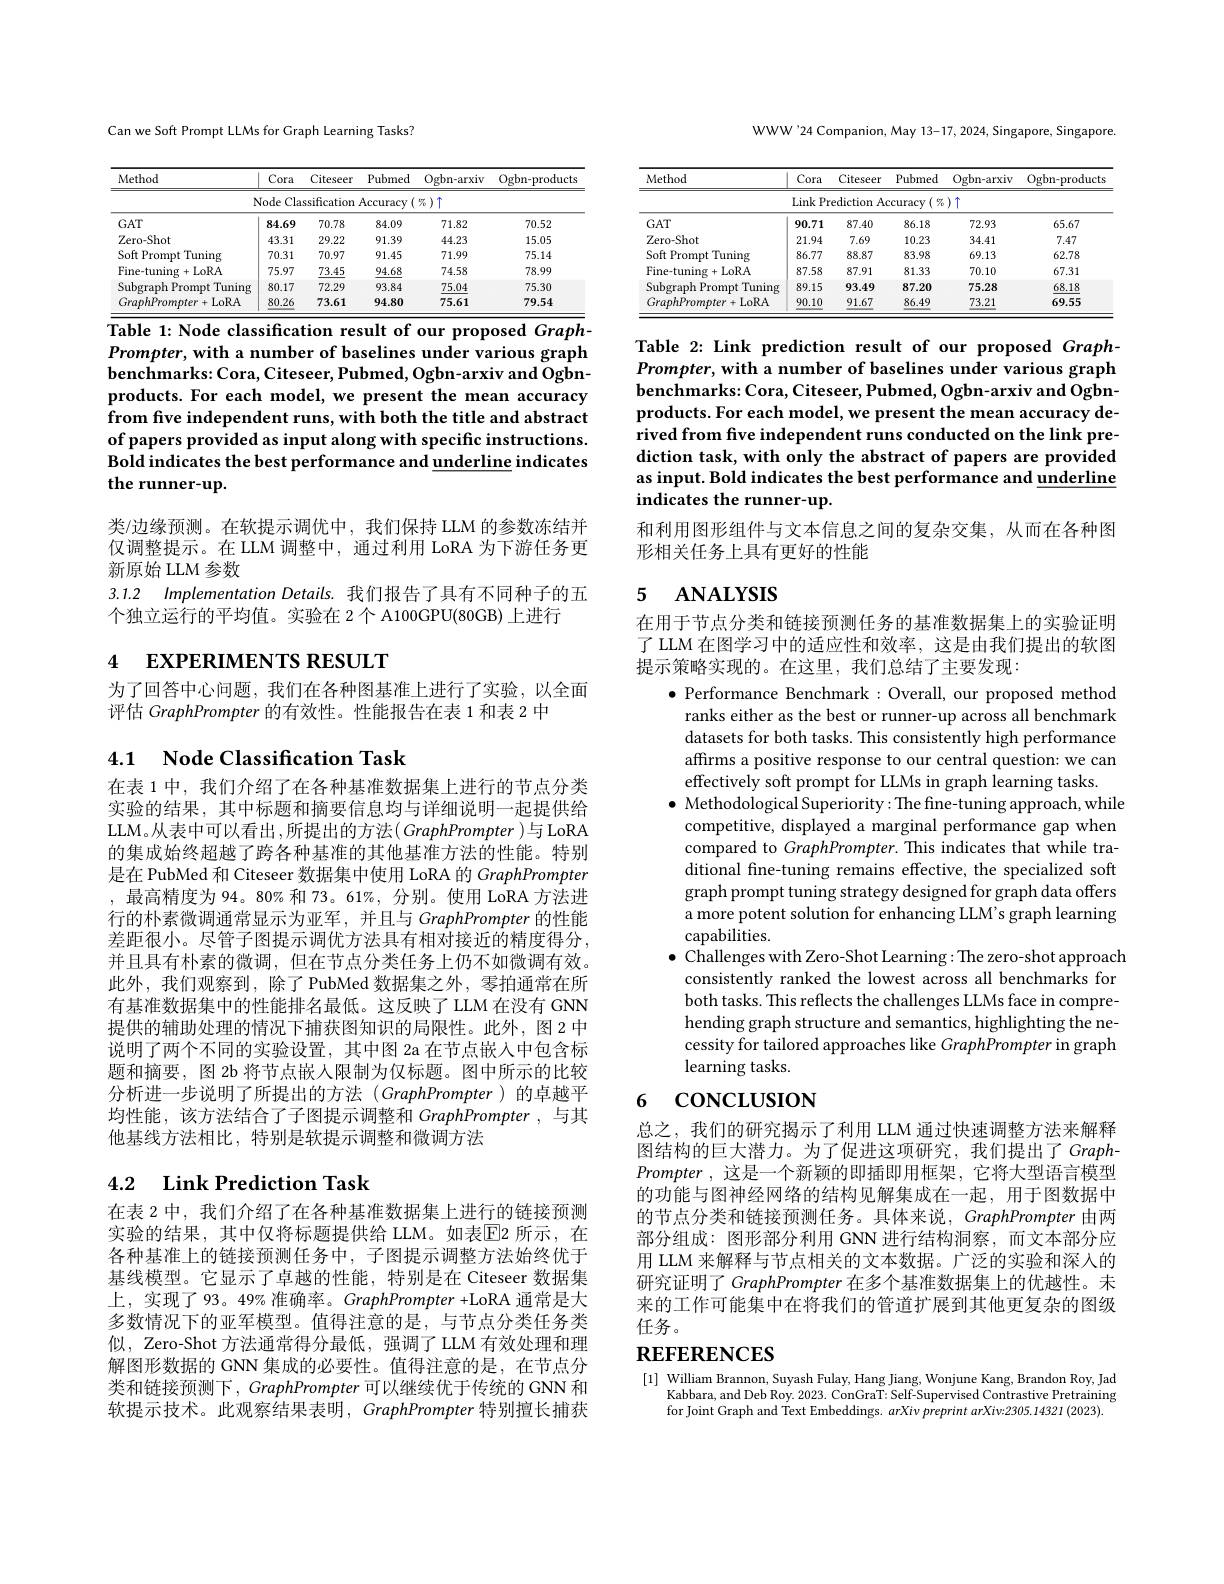
Can we Soft Prompt LLMs for Graph Learning Tasks?

<table>
	<tbody>
		<tr>
			<th>Method</th>
			<th>Cora</th>
			<th>Citeseer</th>
			<th>Pubmed</th>
			<th>Ogbn- arxiv</th>
			<th>Ogbn- products</th>
		</tr>
		<tr>
			<td> </td>
			<td>Node Cla</td>
			<td>ssification</td>
			<td>Accuracy</td>
			<td>$%)\uparrow$</td>
			<td> </td>
		</tr>
		<tr>
			<td>$GAT$</td>
			<td>84.69</td>
			<td>70.78</td>
			<td>84.09</td>
			<td>71.82</td>
			<td>70.52</td>
		</tr>
		<tr>
			<td>Zero-Shot</td>
			<td>43.31</td>
			<td>29.22</td>
			<td>91.39</td>
			<td>44.23</td>
			<td>15.05</td>
		</tr>
		<tr>
			<td>Soft Prompt Tuning</td>
			<td>70.31</td>
			<td>70.97</td>
			<td>91.45</td>
			<td>71.99</td>
			<td>75.14</td>
		</tr>
		<tr>
			<td>Fine-tuning + LoRA</td>
			<td>75.97</td>
			<td>73.45</td>
			<td>94.68</td>
			<td>74.58</td>
			<td>78.99</td>
		</tr>
		<tr>
			<td>Subgraph Prompt Tuning</td>
			<td>80.17</td>
			<td>72.29</td>
			<td>93.84</td>
			<td>75.04</td>
			<td>75.30</td>
		</tr>
		<tr>
			<td>$GraphPrompter+LoRA$</td>
			<td>80.26</td>
			<td>73.61</td>
			<td>94.80</td>
			<td>75.61</td>
			<td>79.54</td>
		</tr>
	</tbody>
</table>
Table 1: Node classification result of our proposed Graph-

Prompter, with a number of baselines under various graph $\dot{\text{benchmarks: Cora, Citeseer, Pubmed, Ogbn-arxiv and Ogbn-}}$ products. For each model, we present the mean accuracy from fre independent runs, with both the title and abstract of papers provided as input along with specific instructions. Bold indicates the best performance and underline indicates the runner-up.

类/边缘预测。在软提示调优中，我们保持 LLM 的参数冻结并仅调整提示。在 LLM 调整中，通过利用 LoRA 为下游任务更新原始 LLM 参数
3.1.2 Implementation Details.我们报告了具有不同种子的五
个独立运行的平均值。实验在 2个 A100GPU(80GB) 上进行

# 4 EXPERIMENTS RESULT

为了回答中心问题，我们在各种图基准上进行了实验，以全面
评估 GraphPrompter 的有效性。性能报告在表 1 和表 2 中

4.1 Node Classification Task

在表 1 中，我们介绍了在各种基准数据集上进行的节点分类实验的结果，其中标题和摘要信息均与详细说明一起提供给LLM。从表中可以看出，所提出的方法$(GraphPrompter)$与 LoRA 的集成始终超越了跨各种基准的其他基准方法的性能。特别是在 PubMed 和 Citeseer 数据集中使用 LoRA 的 GraphPrompter ,最高精度为 94。80% 和 73。61%, 分别。使用 LoRA 方法进行的朴素微调通常显示为亚军，并且与 GraphPrompter 的性能差距很小。尽管子图提示调优方法具有相对接近的精度得分， 并且具有朴素的微调，但在节点分类任务上仍不如微调有效。此外，我们观察到，除了PubMed 数据集之外，零拍通常在所有基准数据集中的性能排名最低。这反映了 LLM 在没有 GNN 提供的辅助处理的情况下捕获图知识的局限性。此外，图 2 中说明了两个不同的实验设置，其中图 2a 在节点嵌入中包含标题和摘要，图 2b 将节点嵌入限制为仅标题。图中所示的比较分析进一步说明了所提出的方法(GraphPrompter)的卓越平均性能，该方法结合了子图提示调整和 GraphPrompter,与其他基线方法相比，特别是软提示调整和微调方法

## 4.2 $\textbf{Link Prediction Task}$

在表 2 中，我们介绍了在各种基准数据集上进行的链接预测实验的结果，其中仅将标题提供给 LLM。如表$\overline{\mathrm{E}}$2 所示，在各种基准上的链接预测任务中，子图提示调整方法始终优于基线模型。它显示了卓越的性能，特别是在 Citeseer 数据集上，实现了93。49% 准确率。GraphPrompter +LoRA 通常是大多数情况下的亚军模型。值得注意的是，与节点分类任务类似，Zero-Shot 方法通常得分最低，强调了 LLM 有效处理和理解图形数据的 GNN 集成的必要性。值得注意的是，在节点分类和链接预测下，GraphPrompter 可以继续优于传统的 GNN 和软提示技术。此观察结果表明，GraphPrompter 特别擅长捕获

WWW'24 Companion, May 13-17, 2024, Singapore, Singapore.

<table>
	<tbody>
		<tr>
			<th>Method</th>
			<th>Cora</th>
			<th>Citeseer</th>
			<th>Pubmed</th>
			<th>Ogbn- arxiv</th>
			<th>Ogbn- products</th>
		</tr>
		<tr>
			<td> </td>
			<td>Link Pr</td>
			<td>ediction Ae</td>
			<td></td>
			<td>$)\uparrow$</td>
			<td> </td>
		</tr>
		<tr>
			<td>$GAT$</td>
			<td>90.71</td>
			<td>87.40</td>
			<td>86.18</td>
			<td>72.93</td>
			<td>65.67</td>
		</tr>
		<tr>
			<td>Zero-Shot</td>
			<td>21.94</td>
			<td>7.69</td>
			<td>10.23</td>
			<td>34.41</td>
			<td>7.47</td>
		</tr>
		<tr>
			<td>Soft Prompt Tuning</td>
			<td>86.77</td>
			<td>88.87</td>
			<td>83.98</td>
			<td>69.13</td>
			<td>62.78</td>
		</tr>
		<tr>
			<td>Fine-tuning+LoRA</td>
			<td>87.58</td>
			<td>87.91</td>
			<td>81.33</td>
			<td>70.10</td>
			<td>67.31</td>
		</tr>
		<tr>
			<td>Subgraph Prompt Tuning</td>
			<td>89.15</td>
			<td>93.49</td>
			<td>87.20</td>
			<td>75.28</td>
			<td>68.18</td>
		</tr>
		<tr>
			<td>$GraphPrompter+LoRA$</td>
			<td>90.10</td>
			<td>91.67</td>
			<td>86.49</td>
			<td>73.21</td>
			<td>69.55</td>
		</tr>
	</tbody>
</table>

Table 2: Link prediction result of our proposed GraphPrompter, with a number of baselines under various graph benchmarks: Cora, Citeseer, Pubmed, Ogbn-arxiv and Ogbnproducts. For each model, we present the mean accuracy derived from five independent runs conducted on the link prediction task, with only the abstract of papers are provided as input. Bold indicates the best performance and underline indicates the runner-up.

和利用图形组件与文本信息之间的复杂交集，从而在各种图
形相关任务上具有更好的性能

## 5 $\mathbf{ANALYSIS}$

在用于节点分类和链接预测任务的基准数据集上的实验证明了 LLM 在图学习中的适应性和效率，这是由我们提出的软图提示策略实现的。在这里，我们总结了主要发现：
$\bullet$ Performance Benchmark :Overall, our proposed method

ranks either as the best or runner-up across all benchmark datasets for both tasks. This consistently high performance affirms a positive response to our central question: we can effectively soft prompt for LLMs in graph learning tasks.
$\bullet$ Methodological Superiority: The fine-tuning approach, while
competitive, displayed a marginal performance gap when compared to GraphPrompter. This indicates that while traditional fine-tuning remains effective, the specialized soft graph prompt tuning strategy designed for graph data offers a more potent solution for enhancing LLM's graph learning capabilities.
$\bullet$ Challenges with Zero-Shot Learning: The zero-shot approach
consistently ranked the lowest across all benchmarks for both tasks. This reflects the challenges LLMs face in comprehending graph structure and semantics, highlighting the necessity for tailored approaches like GraphPrompter in graph learning tasks.

# 6 CONCLUSION

总之，我们的研究揭示了利用 LLM 通过快速调整方法来解释图结构的巨大潜力。为了促进这项研究，我们提出了 GraphPrompter ,这是一个新颖的即插即用框架，它将大型语言模型的功能与图神经网络的结构见解集成在一起，用于图数据中的节点分类和链接预测任务。具体来说，GraphPrompter 由两部分组成：图形部分利用 GNN 进行结构洞察，而文本部分应用 LLM 来解释与节点相关的文本数据。广泛的实验和深人的研究证明了 GraphPrompter 在多个基准数据集上的优越性。未来的工作可能集中在将我们的管道扩展到其他更复杂的图级任务。

## $\mathbf{REFERENCES}$

[1] William Brannon, Suyash Fulay, Hang Jiang, Wonjune Kang, Brandon Roy, Jad
Kabbara, and Deb Roy. 2023. ConGraT: Self-Supervised Contrastive Pretraining for Joint Graph and Text Embeddings. $arXivpreprintarXiv:2305.14321(2023).$